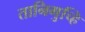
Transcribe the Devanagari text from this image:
तानिगुच्हि